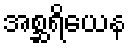
အစ္ဆရိယေန